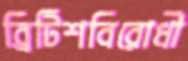
ব্রিটিশবিরোধী